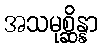
အသမုစ္ဆိန္နာ